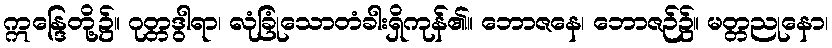
ဣန္ဒြေတို့၌။ ဂုတ္တဒွါရာ၊ လုံခြုံသောတံခါးရှိကုန်၏။ ဘောဇနေ၊ ဘောဇဉ်၌။ မတ္တညုနော၊